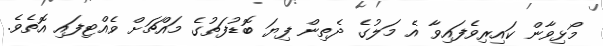
މޯޅިވާން ކައިރިވެފައިވާ އެ މަލުގެ ދެތިން ފިޔަ ބޮޑުފަތުގެ މައްޗަށް ވެއްޓިފައި އޮތެވެ.